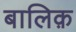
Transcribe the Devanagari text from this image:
बालिक़